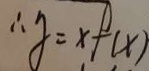
\therefore y = x f ( x )